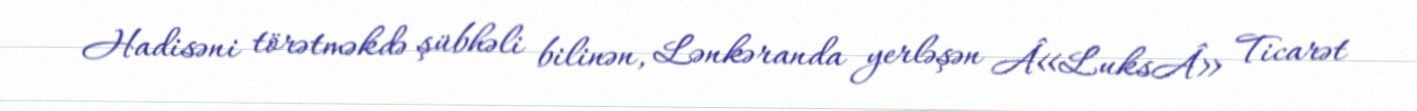
Hadisəni törətməkdə şübhəli bilinən, Lənkəranda yerləşən Â«LuksÂ» Ticarət